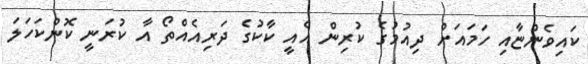
ކައިވެންޏާއި ހަމައަށް ދިއުމުގެ ކުރިން އެއީ ކާކުގެ ދަރިއެއްތޯ އާ ކުރަނީ ކޮންކަހަލަ